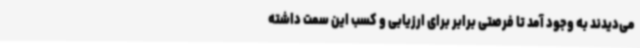
می‌دیدند به وجود آمد تا فرصتی برابر برای ارزیابی و کسب این سمت داشته